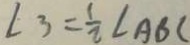
\angle 3 = \frac { 1 } { 2 } \angle A B C